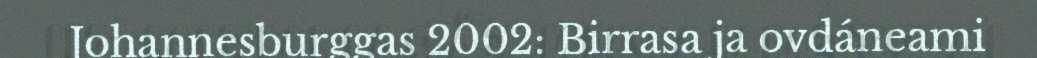
Johannesburggas 2002: Birrasa ja ovdáneami